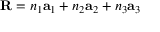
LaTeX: \mathbf { R } = n _ { 1 } \mathbf { a } _ { 1 } + n _ { 2 } \mathbf { a } _ { 2 } + n _ { 3 } \mathbf { a } _ { 3 }